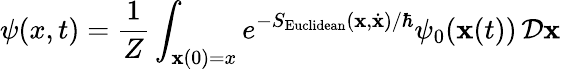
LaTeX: \psi(x,t)={\frac{1}{Z}}\int_{\mathbf{x}(0)=x}e^{-S_{\mathrm{Euclidean}}(\mathbf{x},{\dot{\mathbf{x}}})/\hbar}\psi_{0}(\mathbf{x}(t))\, {\mathcal{D}}\mathbf{x}